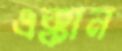
এক্কান